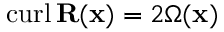
\mathrm { c u r l } \, { \mathbf { R } } ( { \mathbf { x } } ) = 2 \boldsymbol { \Omega } ( { \mathbf { x } } )